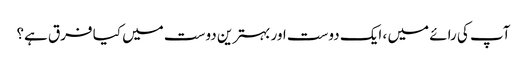
آپ کی رائے میں ، ایک دوست اور بہترین دوست میں کیا فرق ہے؟